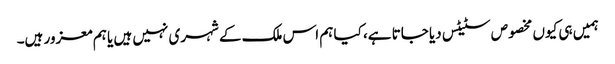
ہمیں ہی کیوں مخصوص سٹیٹس دیا جاتا ہے، کیا ہم اس ملک کے شہری نہیں ہیں یا ہم معزور ہیں۔